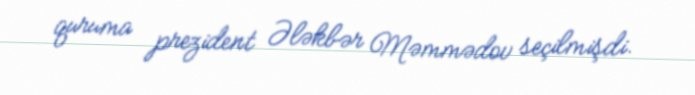
quruma prezident Ələkbər Məmmədov seçilmişdi.